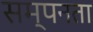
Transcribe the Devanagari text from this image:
सम्पनता